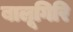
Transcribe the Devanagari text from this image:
बालूगिरि